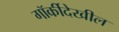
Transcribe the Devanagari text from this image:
गॉर्कीदेखील